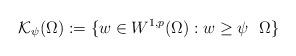
LaTeX: \begin{align*}\mathcal{K}_{\psi}(\Omega) := \{ w \in W^{1,p}(\Omega) : w \geq \psi \ \ \Omega \}\end{align*}